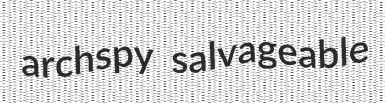
archspy salvageable